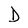
Character: D